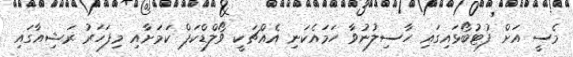
މެސީ އަށް ފުޓުބޯޅައިގައި ހާސިލުނުވާ ހަމައެކަނި އެއްޗަކީ ވޯލްޑްކަޕް ކަމަށާއި މިފަހަރު ރަޝިއާގައި